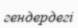
гендердегі